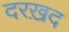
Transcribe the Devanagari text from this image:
दरख़द